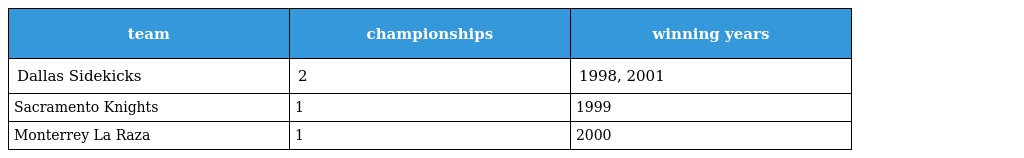
| team | championships | winning years |
 | --- | --- | --- |
 | Dallas Sidekicks | 2 | 1998, 2001 |
 | Sacramento Knights | 1 | 1999 |
 | Monterrey La Raza | 1 | 2000 |